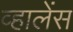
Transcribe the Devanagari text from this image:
व्हालेंस